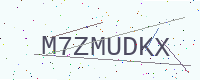
Text: M7ZMUDKX